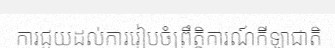
ការជួយដល់ការរៀបចំព្រឹត្តិការណ៍កីឡាជាតិ